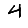
Digit: 4